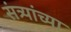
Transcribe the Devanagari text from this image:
संत्र्यांच्या